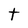
Character: t